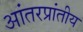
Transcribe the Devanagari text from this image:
आंतरप्रांतीय